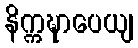
နိက္ကဍ္ဎာပေယျ